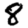
Digit: 8